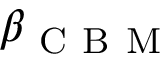
\beta _ { \mathrm { ~ C ~ B ~ M ~ } }